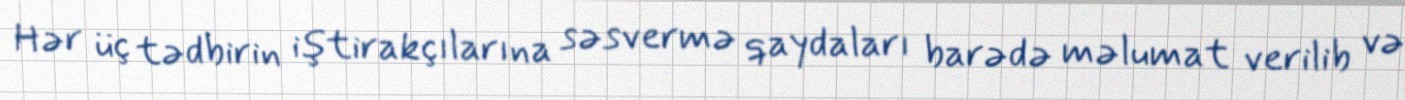
Hər üç tədbirin iştirakçılarına səsvermə qaydaları barədə məlumat verilib və